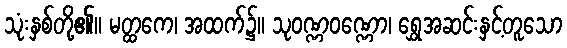
သုံးနှစ်တို့၏။ မတ္ထကေ၊ အထက်၌။ သုဝဏ္ဏဝဏ္ဏော၊ ရွှေအဆင်းနှင့်တူသော